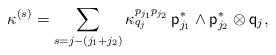
LaTeX: \begin{align*} \aligned\kappa^{(s)}=\sum_{s=j-(j_1+j_2)}\kappa^{p_{j_1}p_{j_2}}_{q_j} \,{\sf p}_{j_1}^\ast\wedge {\sf p}^\ast_{j_2}\otimes {\sf q}_j,\endaligned\end{align*}